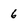
Character: 6